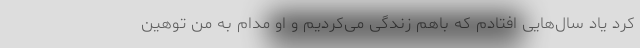
کرد یاد سال‌هایی افتادم که باهم زندگی می‌کردیم و او مدام به من توهین